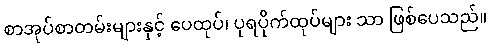
စာအုပ်စာတမ်းများနှင့် ပေထုပ်၊ ပုရပိုက်ထုပ်များ သာ ဖြစ်ပေသည်။